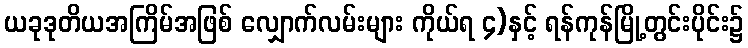
ယခုဒုတိယအကြိမ်အဖြစ် လျှောက်လမ်းများ ကိုယ်ရ ၄)နှင့် ရန်ကုန်မြို့တွင်းပိုင်း၌